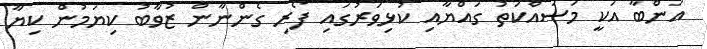
އަންބާ އަކީ މަސައްކަތު ގައްޔާއި ކުޅިވަރުގައި ފޯރި ގެންނާން ޒުވާބު ކިޔަމުން ކިޔާ